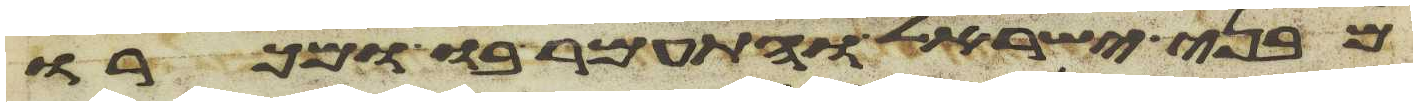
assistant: מבני ישראל והתעמר בו ומכרו